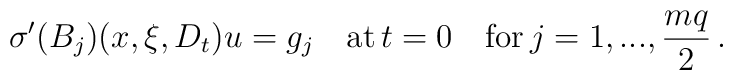
{\sigma}^{\prime} (B_j)(x,\xi,D_t) u=g_j \quad {\rm at} \,t=0\quad {\rm for}\,j=1,...,\frac{mq}{2}\,.